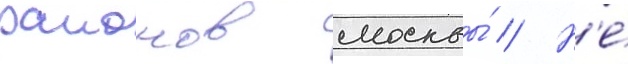
раионов москвы́ // Н'е́